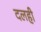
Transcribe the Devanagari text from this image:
दलही